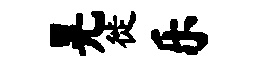
晃徙乐